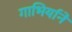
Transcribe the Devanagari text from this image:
गाभिर्याने